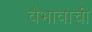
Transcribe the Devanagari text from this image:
वैभावाची